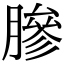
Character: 𬛓